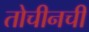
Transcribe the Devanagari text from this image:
तोचीनची